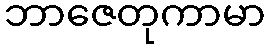
ဘာဇေတုကာမာ